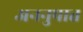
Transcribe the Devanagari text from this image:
अननुपात